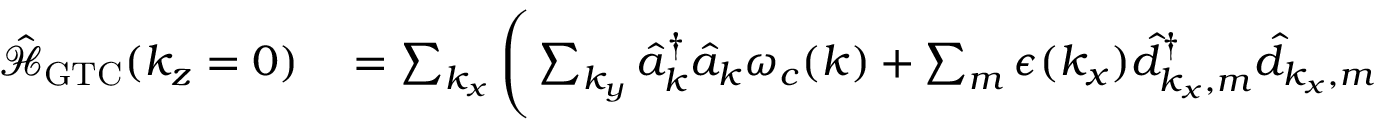
\begin{array} { r l } { \mathcal { \hat { H } } _ { \mathrm { G T C } } ( k _ { z } = 0 ) } & { { } = \sum _ { k _ { x } } \Bigg ( \sum _ { k _ { y } } \hat { a } _ { \boldsymbol k } ^ { \dagger } \hat { a } _ { \boldsymbol k } \omega _ { c } ( { \boldsymbol k } ) + \sum _ { m } \epsilon ( k _ { x } ) \hat { d } _ { k _ { x } , m } ^ { \dagger } \hat { d } _ { k _ { x } , m } } \end{array}